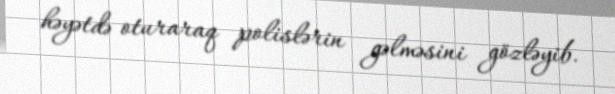
həyətdə oturaraq polislərin gəlməsini gözləyib.